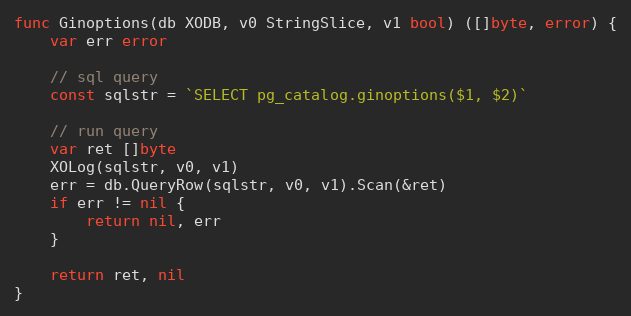
Language: Go
func Ginoptions(db XODB, v0 StringSlice, v1 bool) ([]byte, error) {
	var err error

	// sql query
	const sqlstr = `SELECT pg_catalog.ginoptions($1, $2)`

	// run query
	var ret []byte
	XOLog(sqlstr, v0, v1)
	err = db.QueryRow(sqlstr, v0, v1).Scan(&ret)
	if err != nil {
		return nil, err
	}

	return ret, nil
}